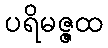
ပရိမဇ္ဇထ